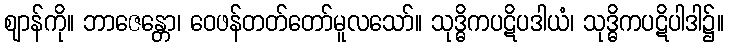
ဈာန်ကို။ ဘာဇေန္တော၊ ဝေဖန်တတ်တော်မူလသော်။ သုဒ္ဓိကပဋိပဒါယံ၊ သုဒ္ဓိကပဋိပါဒါ၌။